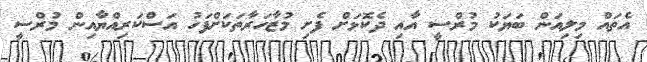
އެތައް މިލިއަން ބަޔަކު މުރްސީ އާއި ދެކޮޅަށް ފެށި މުޒާހަރާތަކަށްފަހު އަސްކަރިއްޔާއިން މުރްސީ